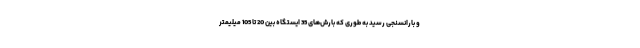
و بارانسنجی رسید به طوری که بارش‌های 35 ایستگاه بین 20 تا 105 میلیمتر